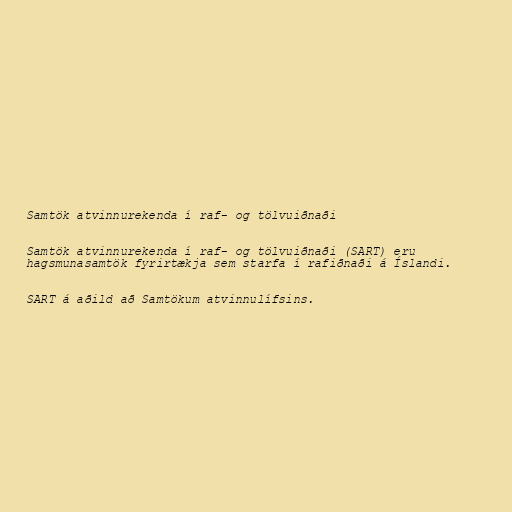
Samtök atvinnurekenda í raf- og tölvuiðnaði

Samtök atvinnurekenda í raf- og tölvuiðnaði (SART) eru
hagsmunasamtök fyrirtækja sem starfa í rafiðnaði á Íslandi.

SART á aðild að Samtökum atvinnulífsins.